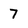
Character: 7